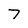
Character: 7